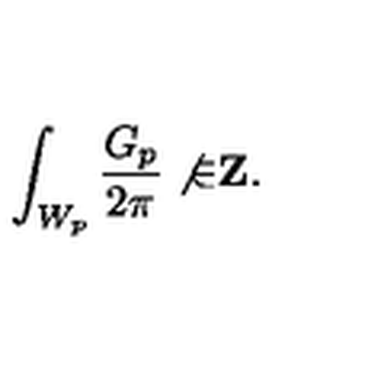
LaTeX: \int _ { W _ { p } } { \frac { G _ { p } } { 2 \pi } } \not { \in } { \bf Z } .